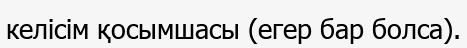
келісім қосымшасы (егер бар болса).